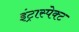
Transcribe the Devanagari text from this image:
इंट्रास्पेक्ट